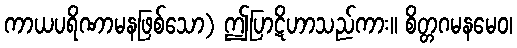
ကာယပရိဏာမနဖြစ်သော) ဤပြာဋိဟာသည်ကား။ စိတ္တဂမနမေဝ၊